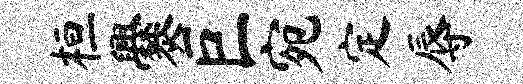
桓爨巨宛定辱